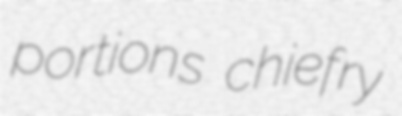
portions chiefry